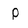
Character: p